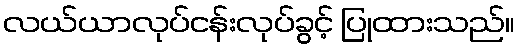
လယ်ယာလုပ်ငန်းလုပ်ခွင့် ပြုထားသည်။